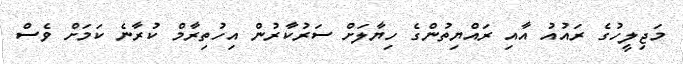
މަޖިލީހުގެ ރައުއު އާއި ރައްޔިތުންގެ ހިޔާލަށް ސަރުކާރުން އިހުތިރާމް ކުރާނެ ކަމަށް ވެސް